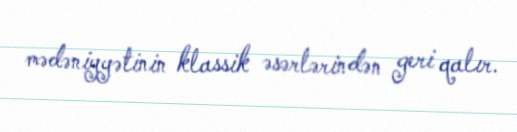
mədəniyyətinin klassik əsərlərindən geri qalır.